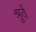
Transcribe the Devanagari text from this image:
श्रुर्त